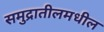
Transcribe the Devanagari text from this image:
समुद्रातीलमधील